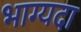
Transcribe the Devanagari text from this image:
भाग्यदा